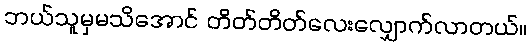
ဘယ်သူမှမသိအောင် တိတ်တိတ်လေးလျှောက်လာတယ်။